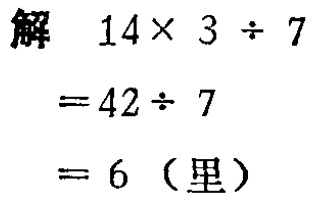
解

\[

\begin{align*}

&14\times3\div7\\

=&42\div7\\

=&6 \text{（里）}

\end{align*}

\]